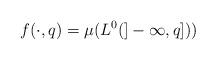
LaTeX: \begin{align*}f(\cdot,q)=\mu(L^0(]-\infty,q])) \end{align*}